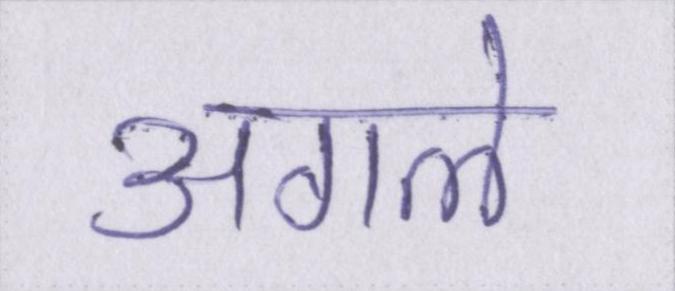
अगले